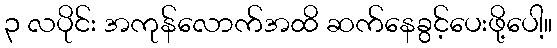
၃ လပိုင်း အကုန်လောက်အထိ ဆက်နေခွင့်ပေးဖို့ပေါ့။